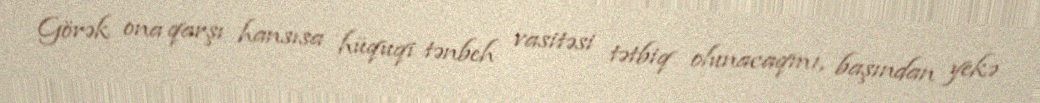
Görək ona qarşı hansısa hüquqi tənbeh vasitəsi tətbiq olunacaqmı, başından yekə